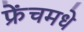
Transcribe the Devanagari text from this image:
फ्रेंचमधे